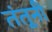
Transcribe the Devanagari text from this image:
तंतूनी